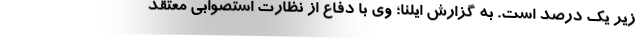
زیر یک درصد است. به گزارش ایلنا؛ وی با دفاع از نظارت استصوابی معتقد